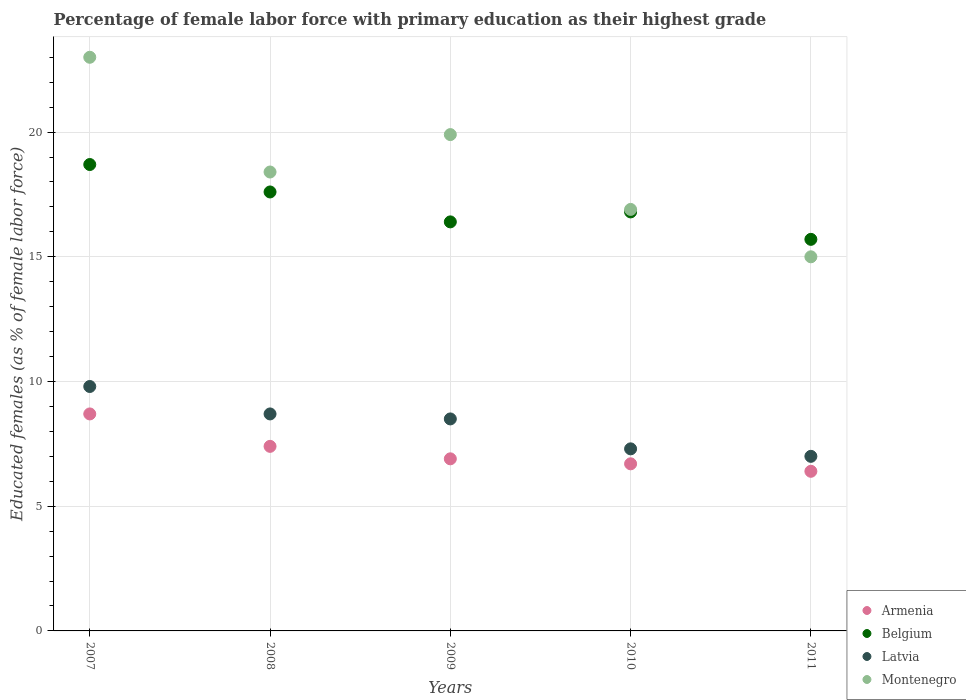
| Years | Armenia | Belgium | Latvia | Montenegro |
 | --- | --- | --- | --- | --- |
 | 2007 | 8.7 | 18.7 | 9.8 | 23 |
 | 2008 | 7.4 | 17.6 | 8.7 | 18.4 |
 | 2009 | 6.9 | 16.4 | 8.5 | 19.9 |
 | 2010 | 6.7 | 16.8 | 7.3 | 16.9 |
 | 2011 | 6.4 | 15.7 | 7 | 15 |